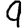
Digit: 9